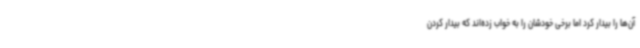
آن‌ها را بیدار کرد اما برخی خودشان را به خواب زده‌اند که بیدار کردن